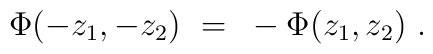
\Phi(-z_1,-z_2)~=~- \Phi(z_1,z_2)~.